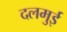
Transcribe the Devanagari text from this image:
दलमुई